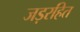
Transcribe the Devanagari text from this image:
जड़रहित